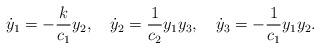
LaTeX: \begin{align*} \dot{y}_{1} = -\dfrac{k}{c_{1}}y_{2},~~~ \dot{y}_{2} = \dfrac{1}{c_{2}} y_{1} y_{3},~~~\dot{y}_{3} = - \dfrac{1}{c_{1}} y_{1} y_{2}. \end{align*}